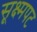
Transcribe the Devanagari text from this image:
सूक्ष्मपट